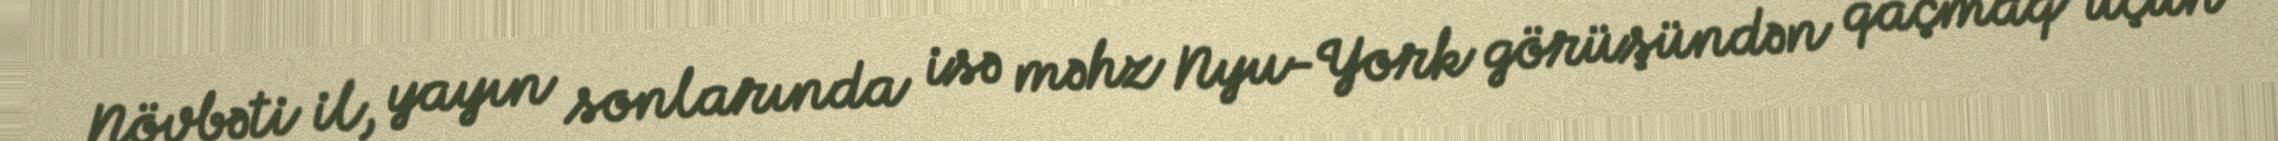
Növbəti il, yayın sonlarında isə məhz Nyu-York görüşündən qaçmaq üçün